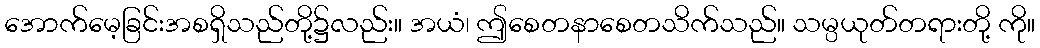
အောက်မေ့ခြင်းအစရှိသည်တို့၌လည်း။ အယံ၊ ဤစေတနာစေတသိက်သည်။ သမ္ပယုတ်တရားတို့ ကို။